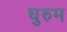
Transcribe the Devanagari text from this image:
धुरुम